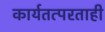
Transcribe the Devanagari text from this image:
कार्यतत्परताही